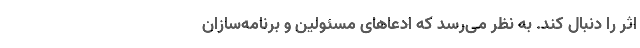
اثر را دنبال کند. به نظر می‌رسد که ادعاهای مسئولین و برنامه‌سازان